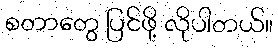
စတာတွေ ပြင်ဖို့ လိုပါတယ်။